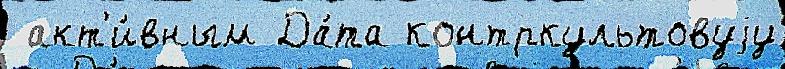
 акт'и́вным Да́та контркультовуjу